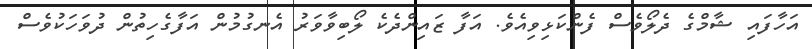
އަހާފައި ޝާމްގެ ދެލޯވެސް ފެންކަޅިވިއެވެ. އަފާ ޒައިންދެކެ ލޯބިވާވަރު އެނގުމުން އަފާގެހިތުން ދުވަހަކުވެސް